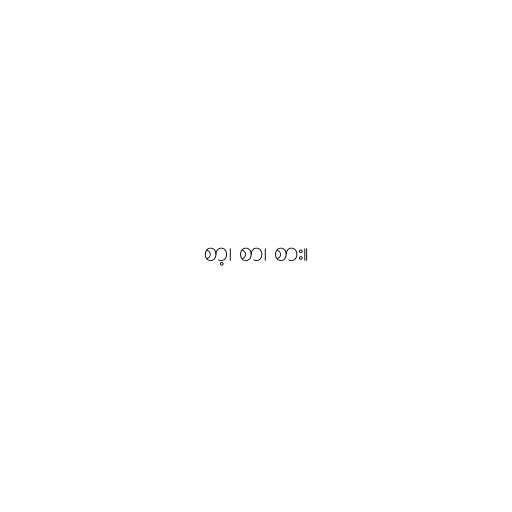
စာ့၊ စာ၊ စား။